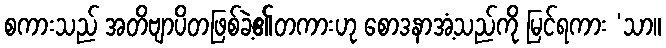
စကားသည် အတိဗျာပိတဖြစ်ခဲ့၏တကားဟု စောဒနာအံ့သည်ကို မြင်ရကား ‘သာ။